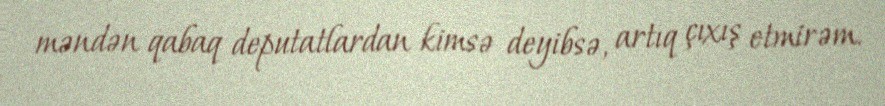
məndən qabaq deputatlardan kimsə deyibsə, artıq çıxış etmirəm.